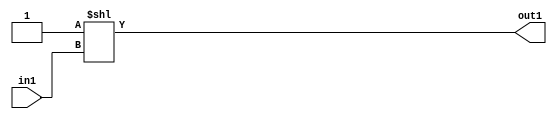
`timescale 1ps / 1ps
/*****************************************************************************
    Verilog RTL Description
    
    
    Created by: Stratus DpOpt 2019.1.01 
*******************************************************************************/

module SobelFilter_DECODE_64U_7_4 (
	in1,
	out1
	); /* architecture "behavioural" */ 
input [5:0] in1;
output [63:0] out1;
wire [63:0] asc001;

assign asc001 = 64'B0000000000000000000000000000000000000000000000000000000000000001 << in1;

assign out1 = asc001;
endmodule

/* CADENCE  ubX4Qgo= : u9/ySgnWtBlWxVPRXgAZ4Og= ** DO NOT EDIT THIS LINE ******/